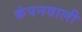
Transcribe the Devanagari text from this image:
कंपनवाली